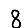
Digit: 8